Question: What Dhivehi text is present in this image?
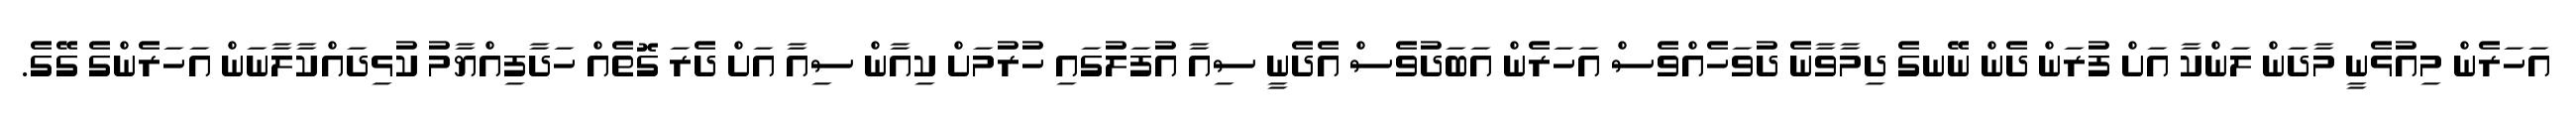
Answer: އަހަރެން މިއުޅެނީ މާދަން ލަންކާ އަށް ފުރަން ދެން ނޭނގެ ދިމާވާނެ ދުވަހެއްވެސް އަހަރެން އަބަދުވެސް އެދެނީ ސިއާ އުފަލުގައި ހުރުމަށް ކިއާން ސިއާ އަށް ދެރަ ގޮތެއް ހަދާފިއްޔާމު ކުޅިދައްކާލާނަން އަހަރެންގެ ގޭގެ.